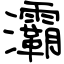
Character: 灞